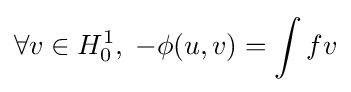
\forall v\in H_{0}^{1},\;-\phi (u,v)=\int fv